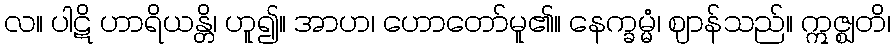
လ။ ပါဋိ ဟာရိယန္တိ၊ ဟူ၍။ အာဟ၊ ဟောတော်မူ၏။ နေက္ခမ္မံ၊ ဈာန်သည်။ ဣဇ္ဈတိ၊